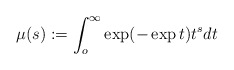
\begin{align*}\mu (s) := \int _o^\infty \exp (-\exp t)t^s dt\end{align*}